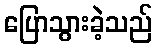
ပြောသွားခဲ့သည်